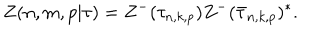
Z ( n , m , p | \tau ) = Z ^ { - } ( \tau _ { n , k , p } ) Z ^ { - } ( \bar { \tau } _ { n , k , p } ) ^ { * } .